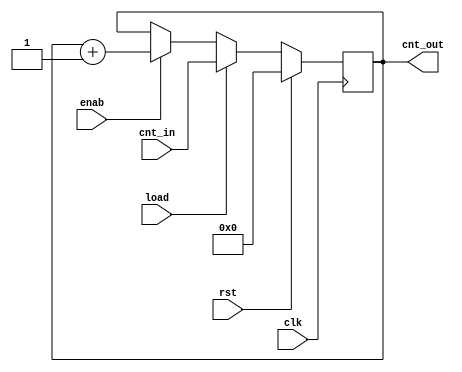
module counter 
#(
  parameter WIDTH = 5
) (
  input wire clk  ,
  input wire rst  ,
  input wire load ,
  input wire enab ,
  input wire [WIDTH-1:0] cnt_in,
  output reg [WIDTH-1:0] cnt_out
);
  
  always @(posedge clk)
    begin 
      if (rst)
        cnt_out <= 'b0;
      else if (load) 
        cnt_out <= cnt_in;
      else if (enab)
        cnt_out <= cnt_out + 1;
      else 
        cnt_out <= cnt_out;
    end

endmodule